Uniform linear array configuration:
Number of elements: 4
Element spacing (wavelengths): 0.5
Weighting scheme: hann
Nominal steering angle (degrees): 0
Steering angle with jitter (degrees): -0.989
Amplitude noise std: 0.05
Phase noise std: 0.05

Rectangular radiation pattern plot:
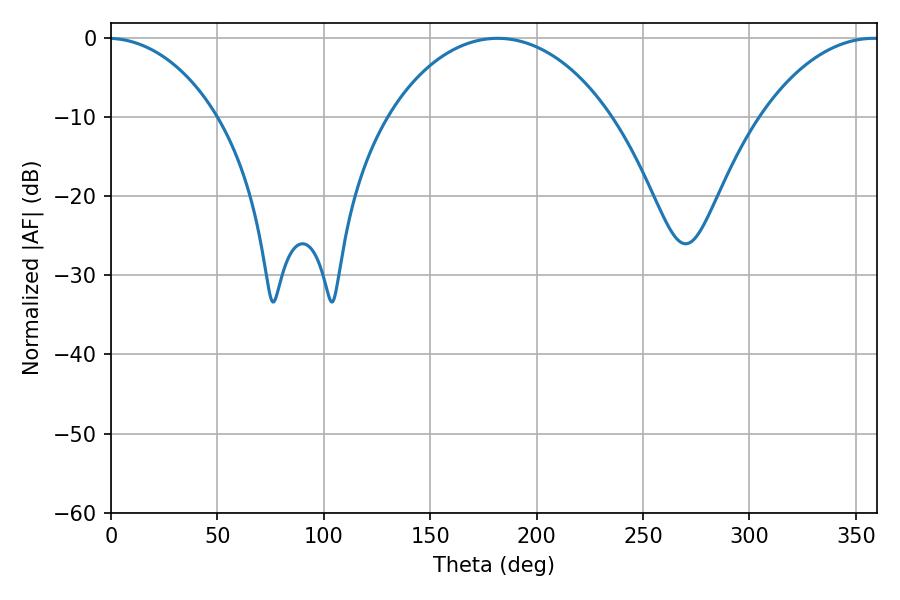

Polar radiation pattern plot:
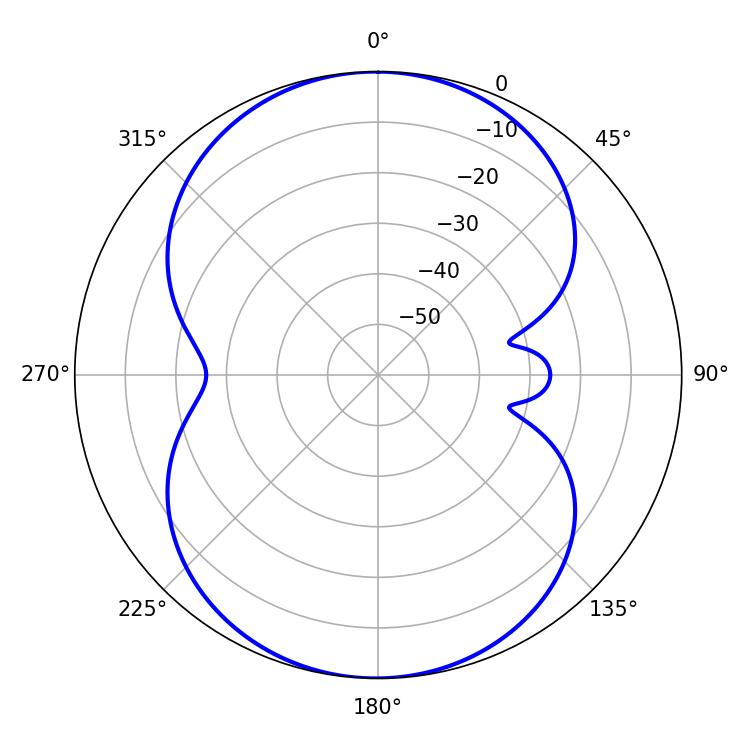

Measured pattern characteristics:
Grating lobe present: FALSE
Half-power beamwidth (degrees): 59.94
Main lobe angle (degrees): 181.62